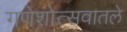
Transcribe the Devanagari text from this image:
गणेशोत्सवातले